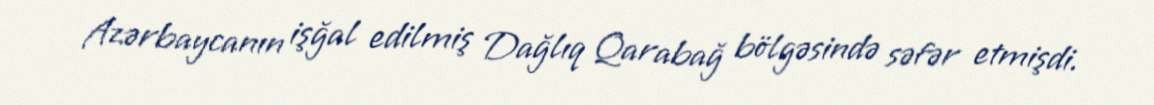
Azərbaycanın işğal edilmiş Dağlıq Qarabağ bölgəsində səfər etmişdi.